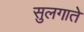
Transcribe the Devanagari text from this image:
सुलगाते